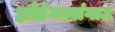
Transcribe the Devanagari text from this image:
ह्योहेनश्वांगाउ